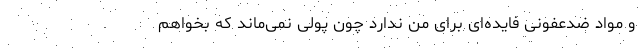
و مواد ضدعفونی فایده‌ای برای من ندارد چون پولی نمی‌ماند که بخواهم